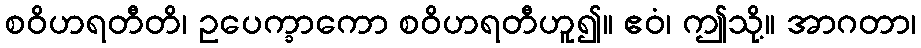
စဝိဟရတီတိ၊ ဥပေက္ခာကော စဝိဟရတီဟူ၍။ ဧဝံ၊ ဤသို့။ အာဂတာ၊